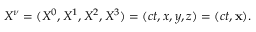
X ^ { \nu } = ( X ^ { 0 } , X ^ { 1 } , X ^ { 2 } , X ^ { 3 } ) = ( c t , x , y , z ) = ( c t , \mathbf { x } ) .